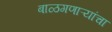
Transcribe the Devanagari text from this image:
बाळगणाऱ्यांचा